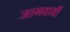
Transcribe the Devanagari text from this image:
जागवावी